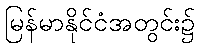
မြန်မာနိုင်ငံအတွင်း၌